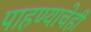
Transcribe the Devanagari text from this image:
पाहण्याचेही